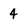
Character: 4